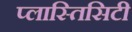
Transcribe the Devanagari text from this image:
प्लास्तिसिटी